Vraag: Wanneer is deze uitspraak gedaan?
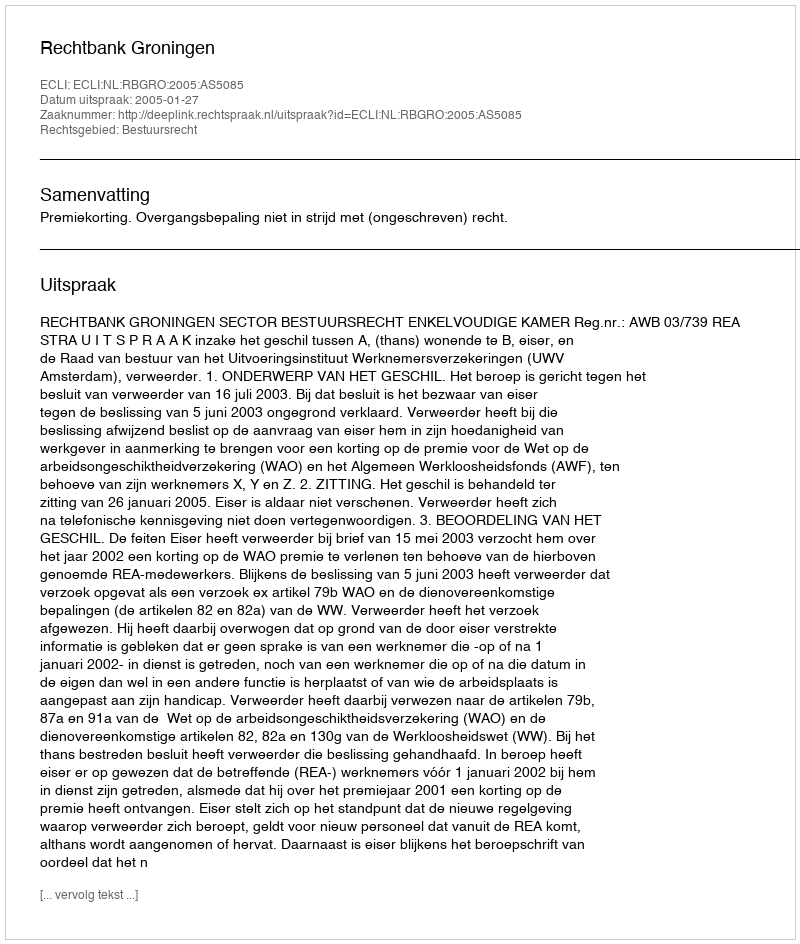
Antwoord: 2005-01-27